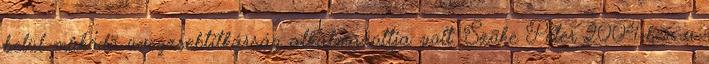
belül mûködõ üvegzsebtitkárság alkalmazottja volt. Szõke Péter 2004-ben a